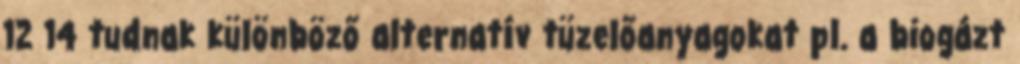
12 14 tudnak különböző alternatív tüzelőanyagokat pl. a biogázt